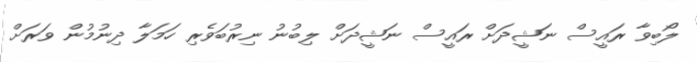
ލޯބިވާ ރައީސް ނަޝީދަށް ރައީސް ނަޝީދަށް ލިބުނު ނިރުބަވެރި ހަމަލާ ދިނުމުން ވަރަށް